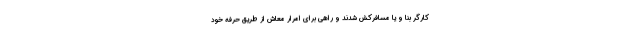
کارگر بنا و یا مسافرکش شدند و راهی برای امرار معاش از طریق حرفه خود